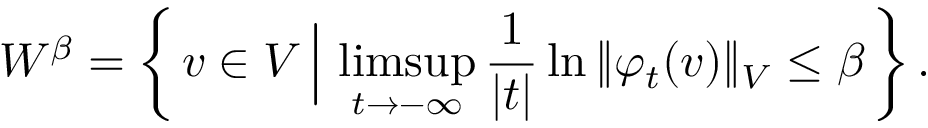
W ^ { \beta } = \left\{ \, v \in V \, \Big \vert \, \operatorname* { l i m s u p } _ { t \to - \infty } \frac { 1 } { | t | } \ln { \Vert \varphi _ { t } ( v ) \Vert _ { V } } \leq \beta \, \right\} .